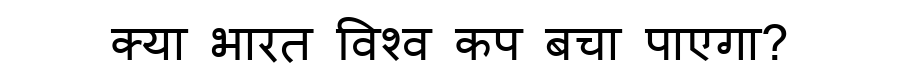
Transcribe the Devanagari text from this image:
क्या भारत विश्व कप बचा पाएगा?